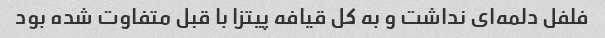
فلفل دلمه‌ای نداشت و به کل قیافه پیتزا با قبل متفاوت شده بود